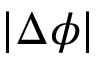
| \Delta \phi |